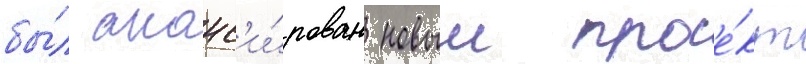
бы́л анонс'и́рован новыи прое́кт